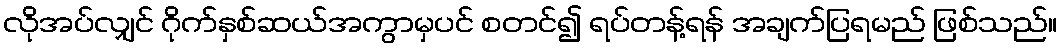
လိုအပ်လျှင် ဂိုက်နှစ်ဆယ်အကွာမှပင် စတင်၍ ရပ်တန့်ရန် အချက်ပြရမည် ဖြစ်သည်။